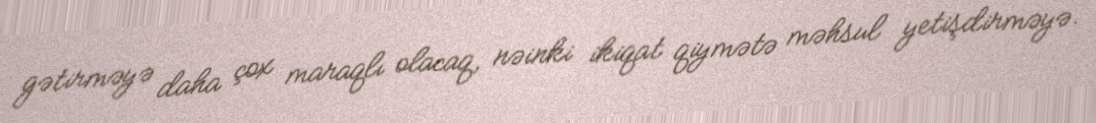
gətirməyə daha çox maraqlı olacaq, nəinki ikiqat qiymətə məhsul yetişdirməyə.